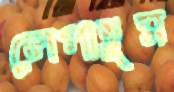
লেপাতুম